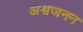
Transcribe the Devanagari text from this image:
अश्वजनन